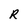
Character: R